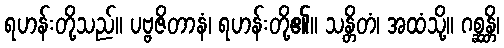
ရဟန်းတို့သည်။ ပဗ္ဗဇိတာနံ၊ ရဟန်းတို့၏။ သန္တိတံ၊ အထံသို့။ ဂစ္ဆန္တိ၊